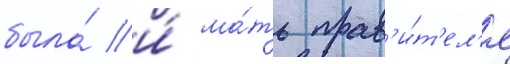
была́ и́ ма́ть прав'и́т'ел'я